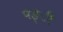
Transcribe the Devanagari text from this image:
पङ्ी